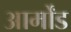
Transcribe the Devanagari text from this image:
आर्मोंड